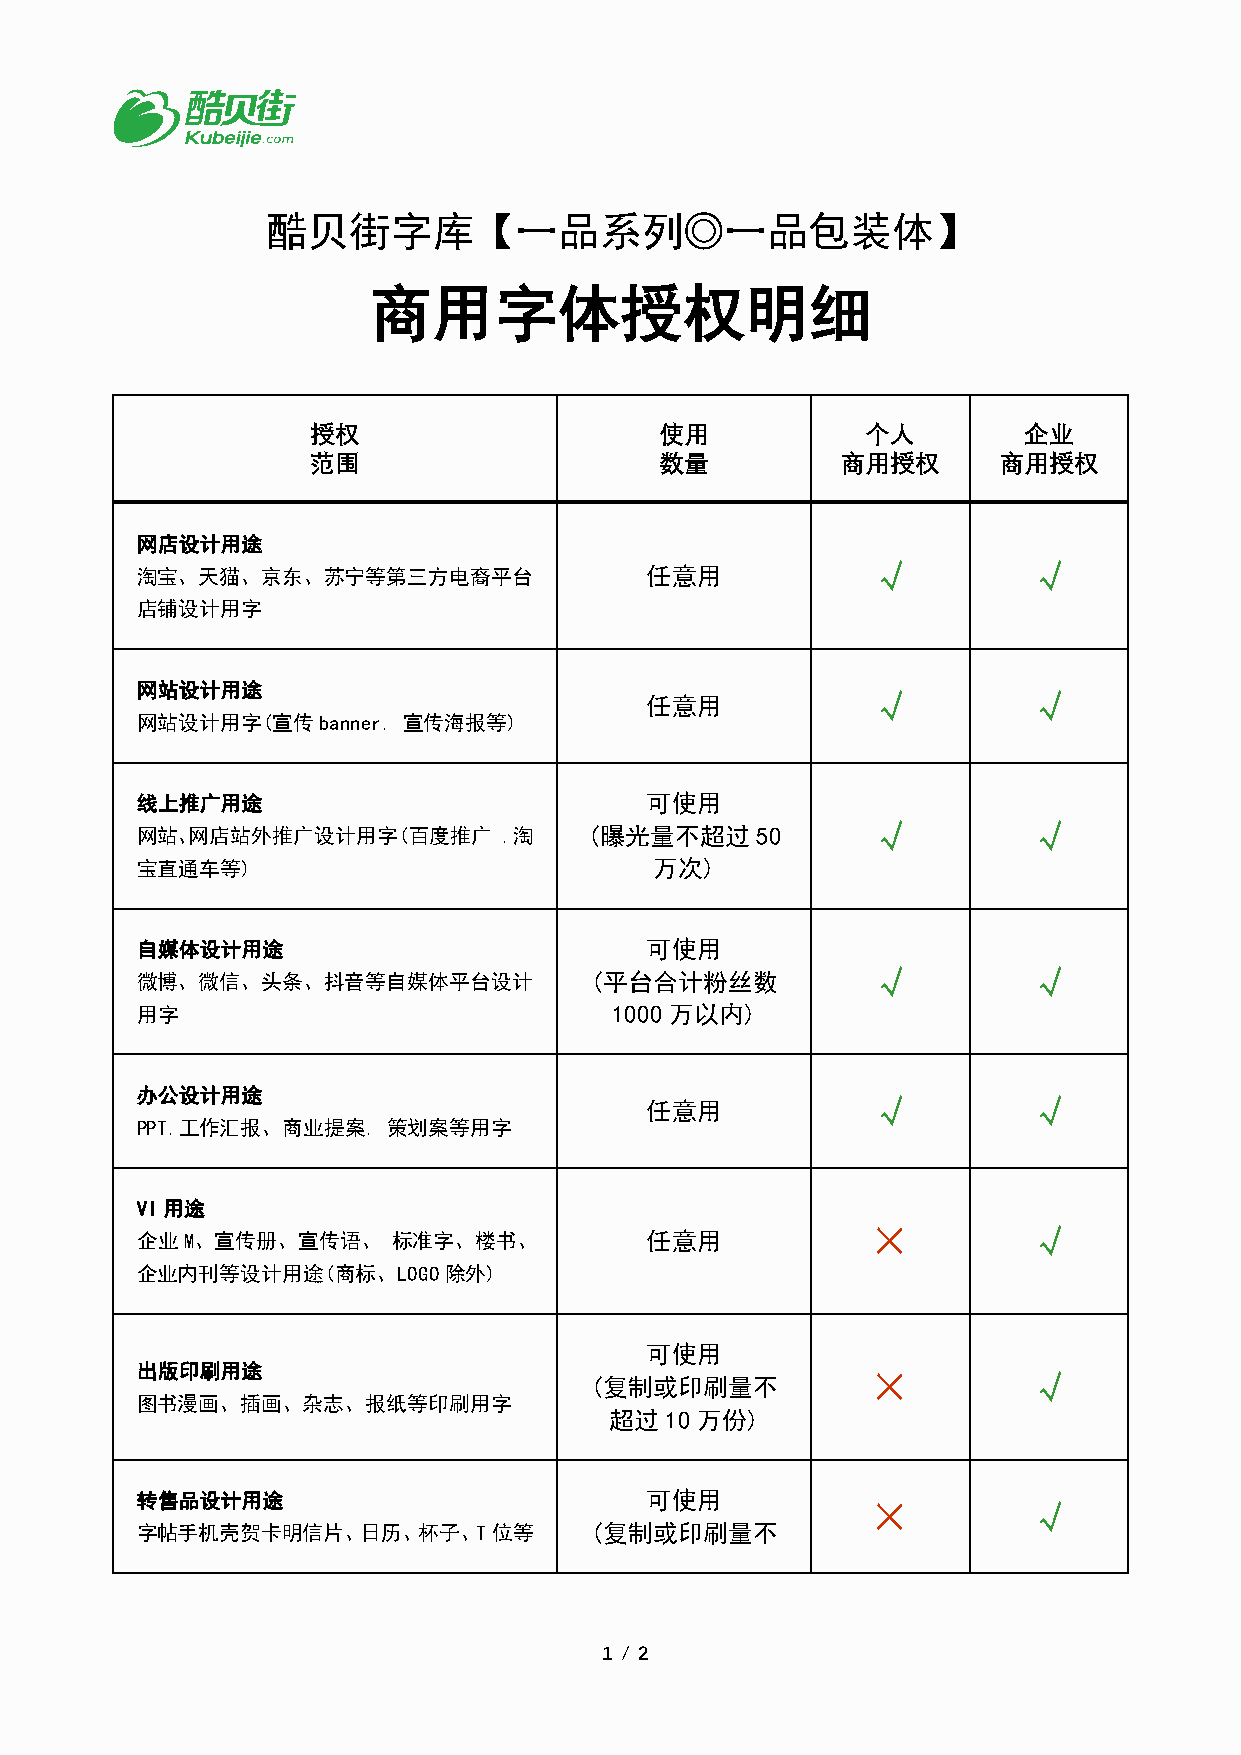
酷贝街字库【一品系列◎一品包装体】
 商用字体授权明细
 授权                     使用           个人         企业
 范围                     数量          商用授权      商用授权
 网店设计用途
 √         √
 淘宝、天猫、京东、苏宁等第三方电裔平台               任意用
 店铺设计用字
 网站设计用途                                           √         √
 任意用
 网站设计用字(宣传banner.  宣传海报等)
 线上推广用途                            可使用
 √         √
 网站、网店站外推广设计用字(百度推广      .淘    (曝光量不超过    50
 宝直通车等)                            万次)
 自媒体设计用途                           可使用
 √         √
 微博、微信、头条、抖音等自媒体平台设计           (平台合计粉丝数
 用字                              1000 万以内)
 办公设计用途                                           √         √
 任意用
 PPT.工作汇报、商业提案.   策划案等用字
 VI用途
 ×         √
 企业M、宣传册、宣传语、     标准字、楼书、          任意用
 企业内刊等设计用途(商标、LOGO除外)
 可使用
 出版印刷用途                                           ×         √
 (复制或印刷量不
 图书漫画、插画、杂志、报纸等印刷用字
 超过  10万份)
 转售品设计用途                           可使用            ×         √
 字帖手机壳贺卡明信片、日历、杯子、T位等          (复制或印刷量不
 1 / 2